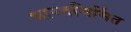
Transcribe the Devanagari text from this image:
भारतनिर्मित